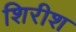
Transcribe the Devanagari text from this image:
शिरीश